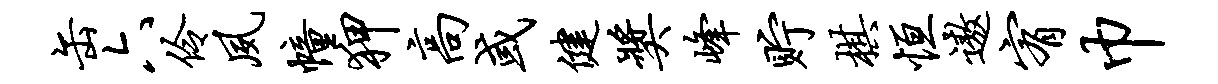
缶六伶夙幢狎高或健奖峰贮棋恒遨宥巾